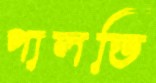
পালতি